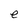
Character: e